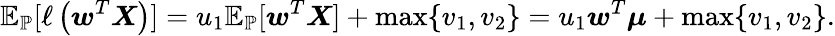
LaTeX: \mathbb{E}_{\mathbb{P}}[\ell\left(\boldsymbol{w}^{T}\boldsymbol{X}\right)]=u_{1}\mathbb{E}_{\mathbb{P}}[\boldsymbol{w}^{T}\boldsymbol{X}]+\operatorname*{max}\{ v_{1},v_{2}\} =u_{1}\boldsymbol{w}^{T}\boldsymbol{\mu}+\operatorname*{max}\{ v_{1},v_{2}\} .